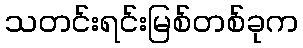
သတင်းရင်းမြစ်တစ်ခုက